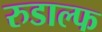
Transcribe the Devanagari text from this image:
रुडाल्फ